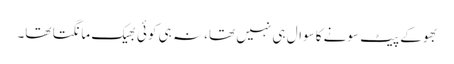
بھوکے پیٹ سونے کاسوال ہی نہیں تھا، نہ ہی کوئی بھیک مانگتا تھا۔